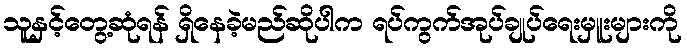
သူနှင့်တွေ့ဆုံရန် ရှိနေခဲ့မည်ဆိုပါက ရပ်ကွက်အုပ်ချုပ်ရေးမှူးများကို